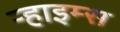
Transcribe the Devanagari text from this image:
ऱ्हाइम्स